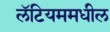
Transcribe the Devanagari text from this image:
लॅटियममधील